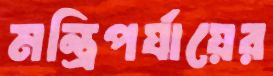
মন্ত্রিপর্যায়ের